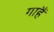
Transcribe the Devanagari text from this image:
गाहैं